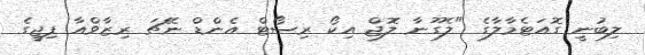
ލިބުނީ ގޮއަޓެމާލާގެ "ލެގޫނާ ލޮޖް އިކޯ ރިސޯޓް އެންޑް ނޭޗަ ރިޒާވްއާ ފިޖީގެ